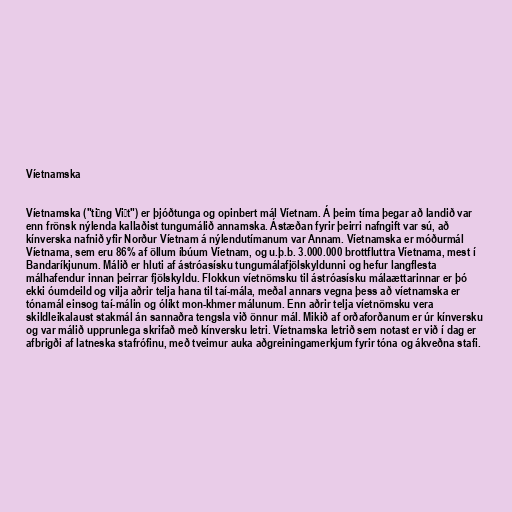
Víetnamska

Víetnamska ("tiếng Việt") er þjóðtunga og opinbert mál Víetnam. Á þeim tíma þegar að landið var
enn frönsk nýlenda kallaðist tungumálið annamska. Ástæðan fyrir þeirri nafngift var sú, að
kínverska nafnið yfir Norður Víetnam á nýlendutímanum var Annam. Víetnamska er móðurmál
Víetnama, sem eru 86% af öllum íbúum Víetnam, og u.þ.b. 3.000.000 brottfluttra Víetnama, mest í
Bandaríkjunum. Málið er hluti af ástróasísku tungumálafjölskyldunni og hefur langflesta
málhafendur innan þeirrar fjölskyldu. Flokkun víetnömsku til ástróasísku málaættarinnar er þó
ekki óumdeild og vilja aðrir telja hana til taí-mála, meðal annars vegna þess að víetnamska er
tónamál einsog taí-málin og ólíkt mon-khmer málunum. Enn aðrir telja víetnömsku vera
skildleikalaust stakmál án sannaðra tengsla við önnur mál. Mikið af orðaforðanum er úr kínversku
og var málið upprunlega skrifað með kínversku letri. Víetnamska letrið sem notast er við í dag er
afbrigði af latneska stafrófinu, með tveimur auka aðgreiningamerkjum fyrir tóna og ákveðna stafi.